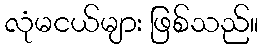
လုံမငယ်များ ဖြစ်သည်။